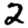
Digit: 2